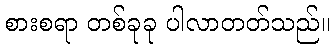
စားစရာ တစ်ခုခု ပါလာတတ်သည်။